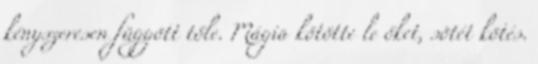
kényszeresen függött tőle. Mágia kötötte le őket, sötét kötés.